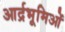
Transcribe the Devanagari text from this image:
आर्द्रभूमिओं